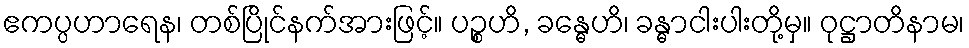
ဧကပ္ပဟာရေန၊ တစ်ပြိုင်နက်အားဖြင့်။ ပဉ္စဟိ, ခန္ဓေဟိ၊ ခန္ဓာငါးပါးတို့မှ။ ဝုဋ္ဌာတိနာမ၊